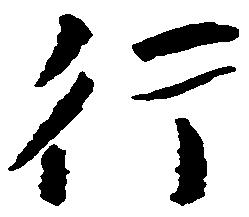
行